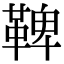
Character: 鞞